Annual report of lunatic asylums [Bombay] - 1912-1922
Year: 1912
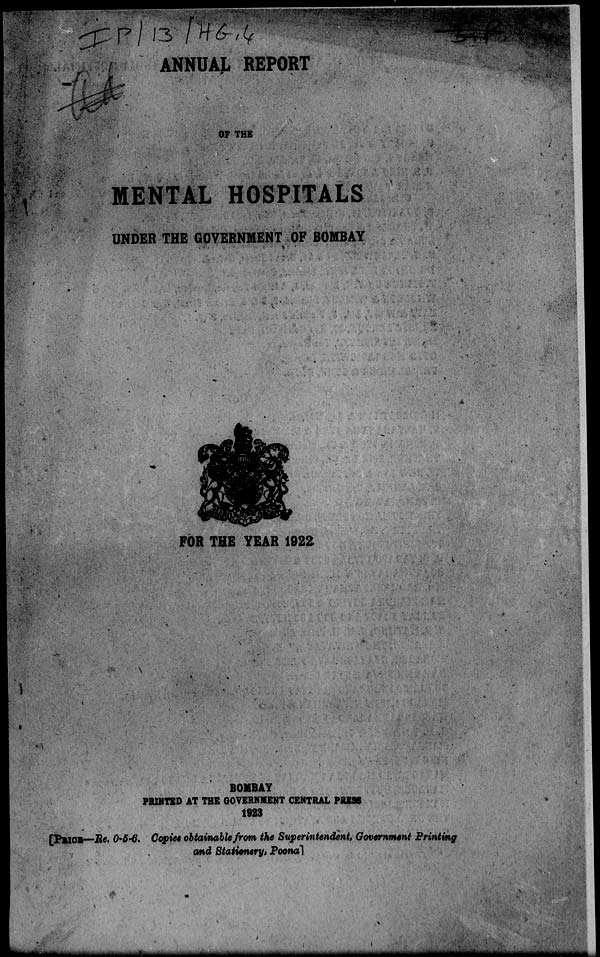
ANNUAL REPORT
OF THE
MENTAL HOSPITALS
UNDER THE GOVERNMENT OF BOMBAY
FOR THE YEAR 1922
BOMBAY
PRINTED AT THE GOVERNMENT CENTRAL PRESS
1923
[PRICE—Re. 0-5-6. Copies obtainable from the Superintendent, Government Printing
and Stationery, Poona]